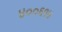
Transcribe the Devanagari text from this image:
४००६१४